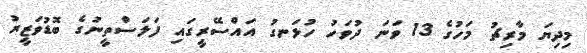
މިދިޔަ މާރިޗު މަހުގެ 13 ވަނަ ދުވަހު ހުޅަނގު އައްސޭރީގައި ފަލަސްތީނުގެ ބޮޑުވަޒީރު